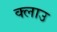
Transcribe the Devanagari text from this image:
क्लाउ